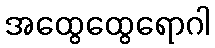
အထွေထွေရောဂါ